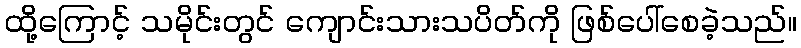
ထို့ကြောင့် သမိုင်းတွင် ကျောင်းသားသပိတ်ကို ဖြစ်ပေါ်စေခဲ့သည်။